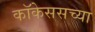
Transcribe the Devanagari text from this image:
कॉकेससच्या